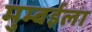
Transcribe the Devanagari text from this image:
मुम्बईला